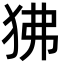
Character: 狒